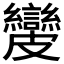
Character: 𥀺